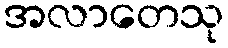
အလာတေသု